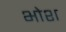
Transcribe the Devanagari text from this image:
भोश